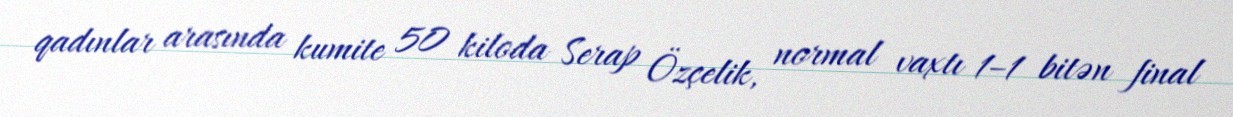
qadınlar arasında kumite 50 kiloda Serap Özçelik, normal vaxtı 1–1 bitən final